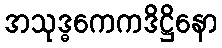
အသုဒ္ဓကေကဒိဋ္ဌိနော